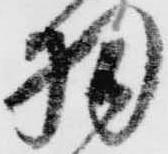
羽